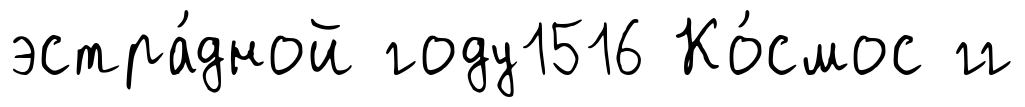
эстра́дной году1516 Ко́смос гг